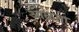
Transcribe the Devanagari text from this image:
आळता